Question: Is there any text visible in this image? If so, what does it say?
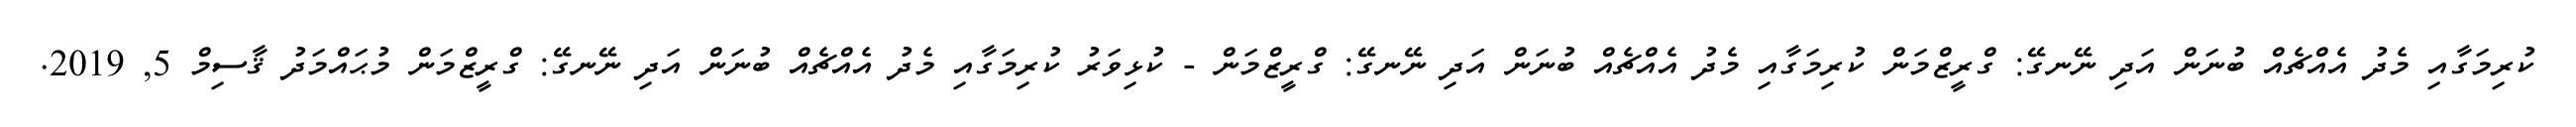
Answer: ކުރިމަގާއި މެދު އެއްޗެއް ބުނަން އަދި ނޭނގޭ: ގްރީޒްމަން ކުރިމަގާއި މެދު އެއްޗެއް ބުނަން އަދި ނޭނގޭ: ގްރީޒްމަން - ކުޅިވަރު ކުރިމަގާއި މެދު އެއްޗެއް ބުނަން އަދި ނޭނގޭ: ގްރީޒްމަން މުޙައްމަދު ޤާސިމް 5, 2019.